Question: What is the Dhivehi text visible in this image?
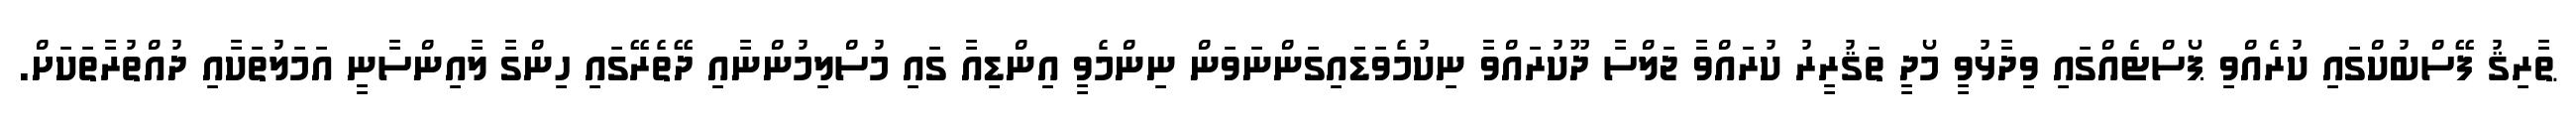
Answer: ޠާރިޤު ފޭސްބުކްގައި ކުރެއްވި ޕޯސްޓެއްގައި ވިދާޅުވީ މޯދީ ތަޤުރީރު ކުރައްވާ ޖަލްސާ ދޫކުރައްވާ ނިކުމެވަޑައިގަންނަވަން ނިންމެވީ އިންޑިއާ ގައި މުސްލިމުންނާއި ދޭތެރޭގައި ހިންގާ ލާއިންސާނީ އަމަލުތަކާއި ދުއްތުރާތަކަށް.